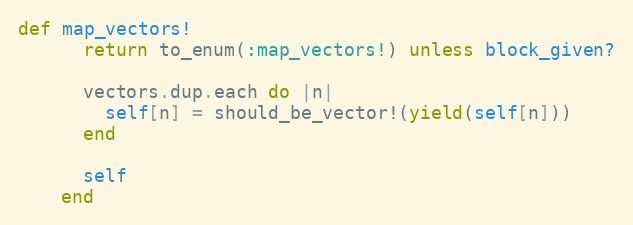
Language: Ruby
def map_vectors!
      return to_enum(:map_vectors!) unless block_given?

      vectors.dup.each do |n|
        self[n] = should_be_vector!(yield(self[n]))
      end

      self
    end